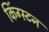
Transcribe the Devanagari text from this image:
किंग्‍स्‍टन